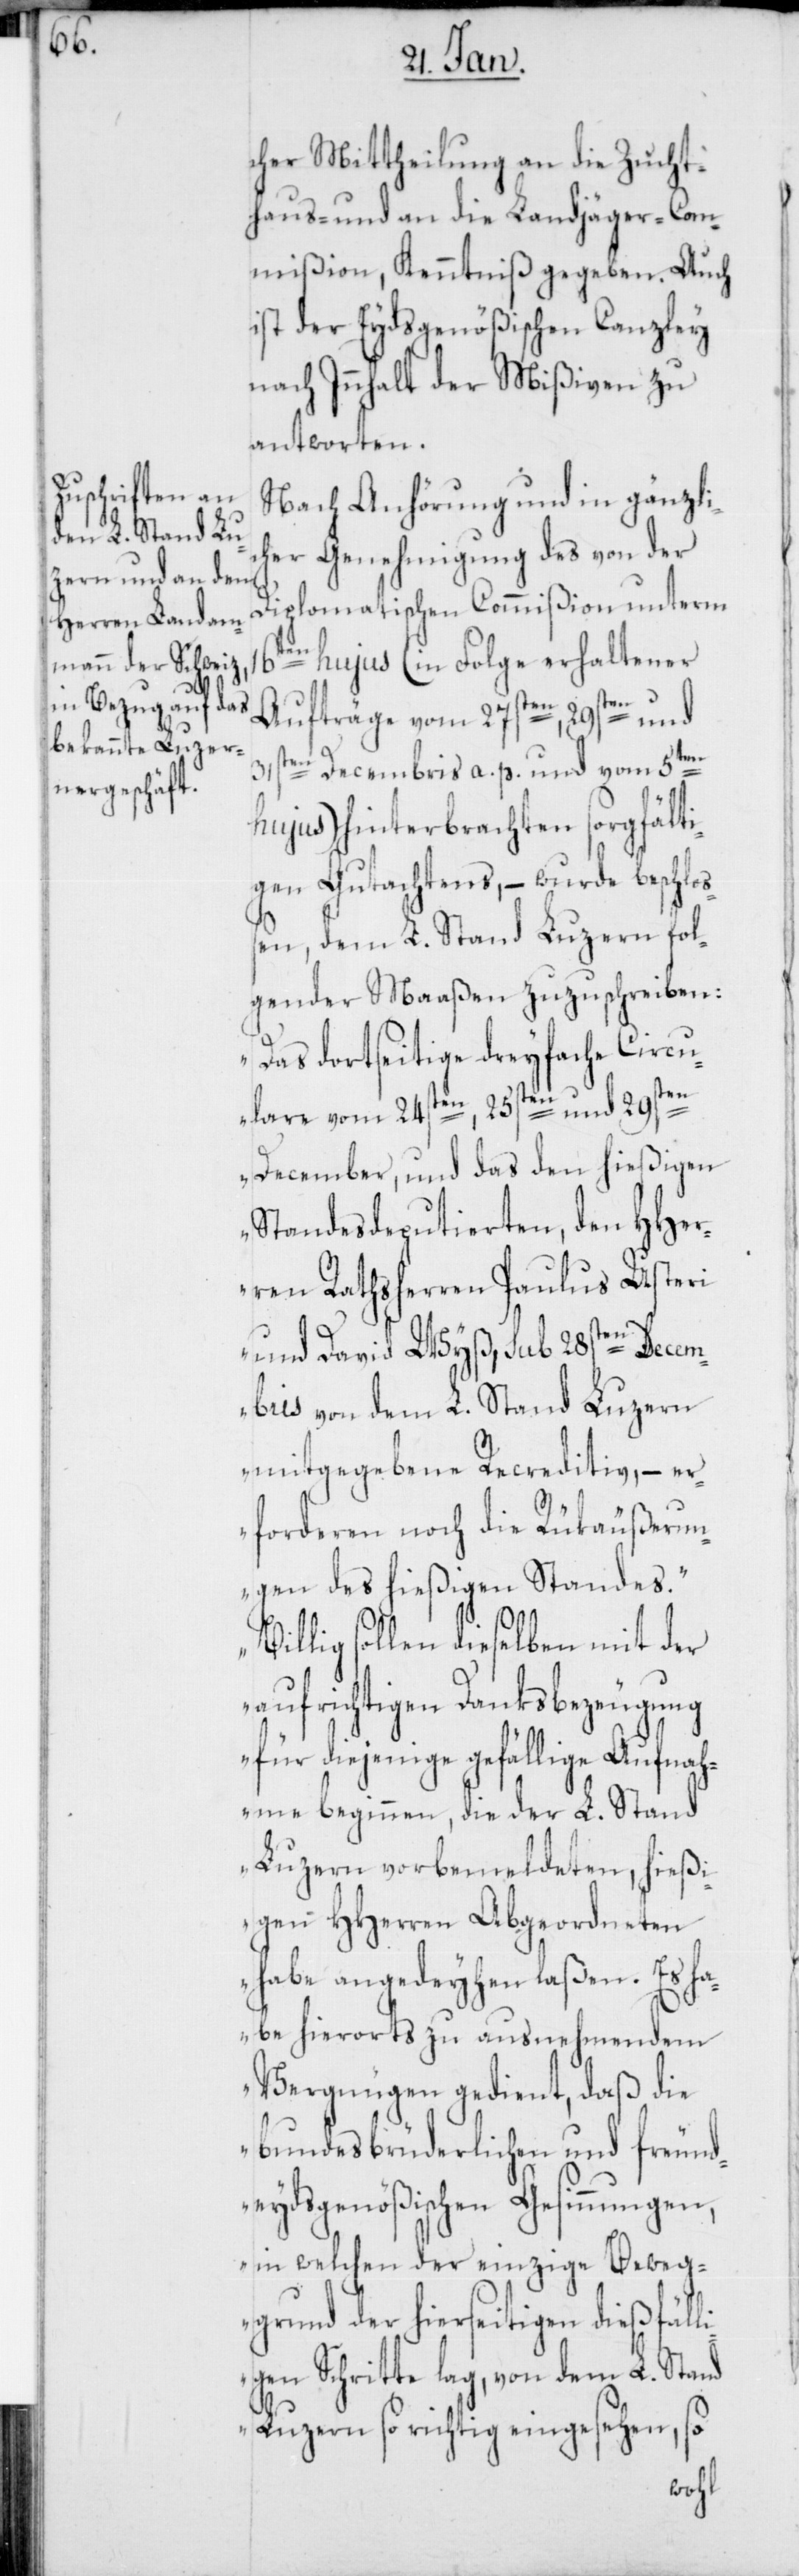
c¬

cher Mittheilung an die Zucht¬
haus- und an die Landjäger-Com¬
mißion, Kenntniß gegeben. Auch
ist der Eydsgenößischen Canzley
nach Innhalt der Mißiven zu
antworten.
Nach Anhörung und in gänzli¬
her Genehmigung des von der
diplomatischen Commißion unterm
16ten hujus (in Folge erhaltener
Aufträge vom 27sten, 29sten und
31sten Decembris a. p. und vom 5ten
hujus) hinterbrachten sorgfälti¬
gen Gutachtens, – wurde beschloß¬
en, dem L. Stand Luzern fol¬
gender Maßen zuzuschreiben:
„Das dortseitige dreyfache Circu¬
lare vom 24sten, 25sten und 29sten
December und das den hießigen
Standesdeputierten, den HHer¬
ren Rathsherren Paulus Usteri
und David Wyß, sub 28sten Decem¬
bris von dem L. Stand Luzern
mitgegebene Recreditiv, – er¬
forderen noch die Rükäußerun¬
gen des hießigen Standes.“
Billig sollen dieselben mit der
aufrichtigen Danksbezeugung
für diejenige gefällige Aufnah¬
me beginnen, die der L. Stand
Luzern vorbemeldeten, hießi¬
gen HHerren Abgeordneten
habe angedeyhen laßen. Es ha¬
be hierorts zu ausnehmendem
Vergnügen gedient, daß die
bundesbrüderlichen und freund¬
eydsgenößischen Gesinnungen,
in welchen der einzige Beweg¬
grund der hierseitigen dießfäll¬
igen Schritte lag, von dem L. Stand
Luzern so richtig eingesehen, so